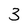
Character: 3